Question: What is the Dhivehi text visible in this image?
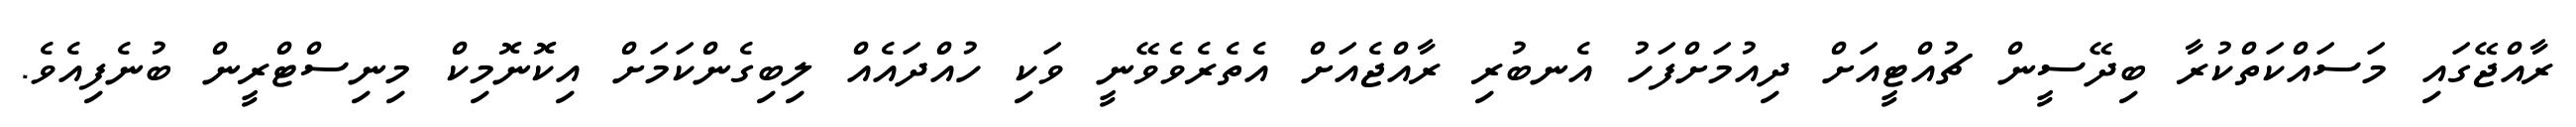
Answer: ރާއްޖޭގައި މަސައްކަތްކުރާ ބިދޭސީން ޗުއްޓީއަށް ދިއުމަށްފަހު އެނބުރި ރާއްޖެއަށް އެތެރެވެވޭނީ ވަކި ހުއްދައެއް ލިބިގެންކަމަށް އިކޮނޮމިކް މިނިސްޓްރީން ބުނެފިއެވެ.